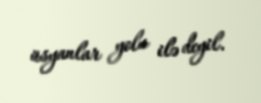
üsyanlar yolu ilə deyil.